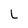
Character: L